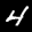
Label: 4